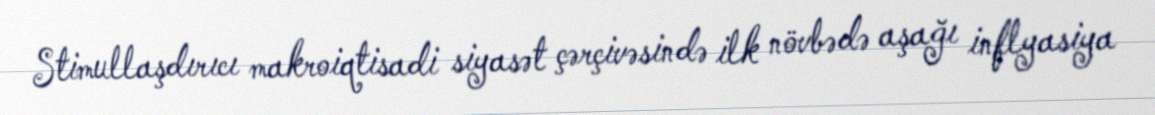
Stimullaşdırıcı makroiqtisadi siyasət çərçivəsində ilk növbədə aşağı inflyasiya